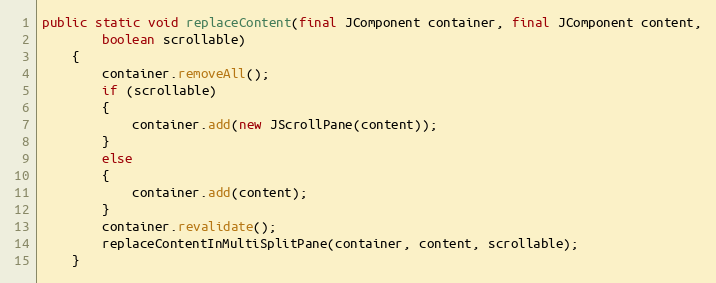
Language: Java
public static void replaceContent(final JComponent container, final JComponent content,
		boolean scrollable)
	{
		container.removeAll();
		if (scrollable)
		{
			container.add(new JScrollPane(content));
		}
		else
		{
			container.add(content);
		}
		container.revalidate();
		replaceContentInMultiSplitPane(container, content, scrollable);
	}